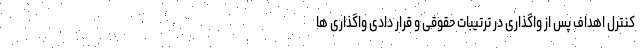
کنترل اهداف پس از واگذاری در ترتیبات حقوقی و قرار دادی واگذاری ها